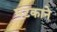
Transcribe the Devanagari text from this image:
घटकाने